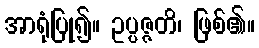
အာရုံပြု၍။ ဥပ္ပဇ္ဇတိ၊ ဖြစ်၏။